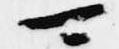
可